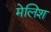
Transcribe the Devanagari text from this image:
मेलिश